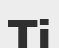
Ті